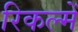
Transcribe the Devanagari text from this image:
रिकल्‍में